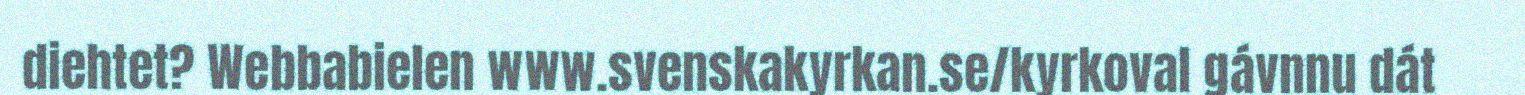
diehtet? Webbabielen www.svenskakyrkan.se/kyrkoval gávnnu dát